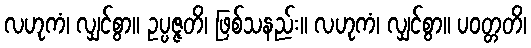
လဟုကံ၊ လျှင်စွာ။ ဥပ္ပဇ္ဇတိ၊ ဖြစ်သနည်း။ လဟုကံ၊ လျှင်စွာ။ ပဝတ္တတိ၊